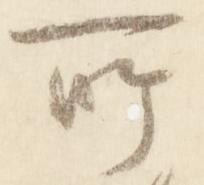
所